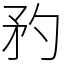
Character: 䂆